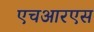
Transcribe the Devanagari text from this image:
एचआरएस